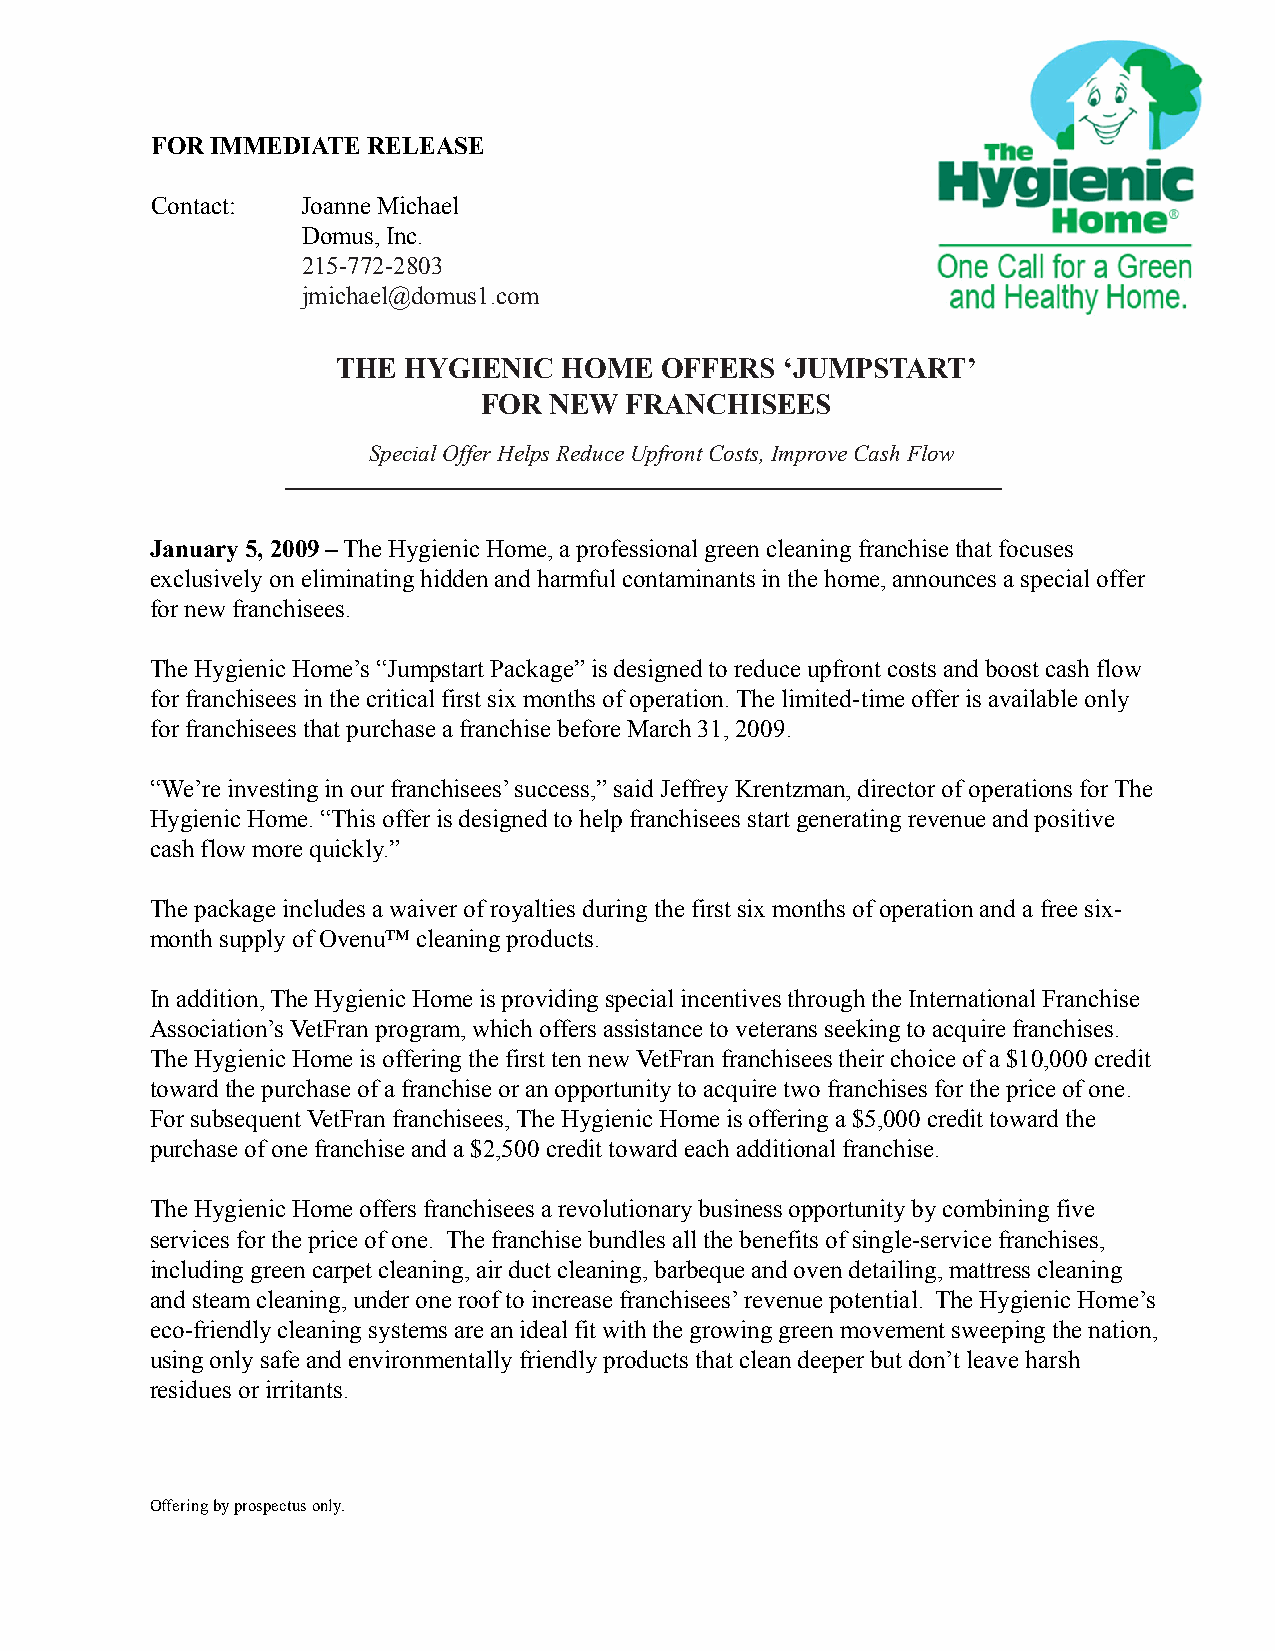
FOR IMMEDIATE RELEASE
 Contact:  Joanne Michael
 Domus, Inc.
 215-772-2803
 jmichael@domus1.com
 THE  HYGIENIC  HOME   OFFERS  ‘JUMPSTART’
 FOR NEW  FRANCHISEES
 Special Offer Helps Reduce Upfront Costs, Improve Cash Flow
 January 5, 2009 – The Hygienic Home, a professional green cleaning franchise that focuses
 exclusively on eliminating hidden and harmful contaminants in the home, announces a special offer
 for new franchisees.
 The Hygienic Home’s “Jumpstart Package” is designed to reduce upfront costs and boost cash flow
 for franchisees in the critical first six months of operation. The limited-time offer is available only
 for franchisees that purchase a franchise before March 31, 2009.
 “We’re investing in our franchisees’ success,” said Jeffrey Krentzman, director of operations for The
 Hygienic Home. “This offer is designed to help franchisees start generating revenue and positive
 cash flow more quickly.”
 The package includes a waiver of royalties during the first six months of operation and a free six-
 month supply of Ovenu™ cleaning products.
 In addition, The Hygienic Home is providing special incentives through the International Franchise
 Association’s VetFran program, which offers assistance to veterans seeking to acquire franchises.
 The Hygienic Home is offering the first ten new VetFran franchisees their choice of a $10,000 credit
 toward the purchase of a franchise or an opportunity to acquire two franchises for the price of one.
 For subsequent VetFran franchisees, The Hygienic Home is offering a $5,000 credit toward the
 purchase of one franchise and a $2,500 credit toward each additional franchise.
 The Hygienic Home offers franchisees a revolutionary business opportunity by combining five
 services for the price of one. The franchise bundles all the benefits of single-service franchises,
 including green carpet cleaning, air duct cleaning, barbeque and oven detailing, mattress cleaning
 and steam cleaning, under one roof to increase franchisees’ revenue potential. The Hygienic Home’s
 eco-friendly cleaning systems are an ideal fit with the growing green movement sweeping the nation,
 using only safe and environmentally friendly products that clean deeper but don’t leave harsh
 residues or irritants.
 Offering by prospectus only.